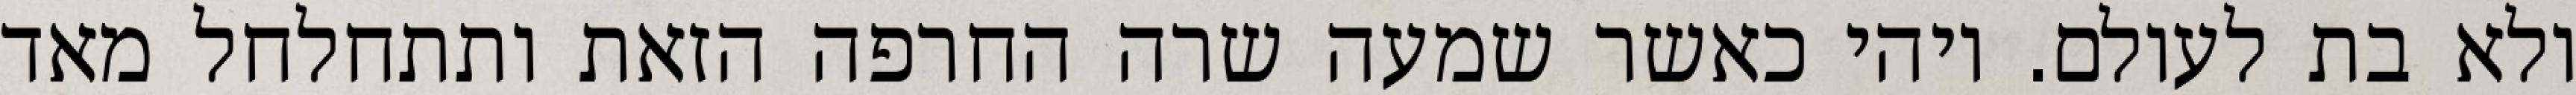
ולא בת לעולם. ויהי כאשר שמעה שרה החרפה הזאת ותתחלחל מאד